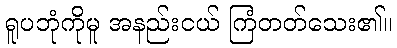
ရူပဘုံကိုမူ အနည်းငယ် ကြံတတ်သေး၏။